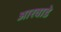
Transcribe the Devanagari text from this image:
आरवाडे